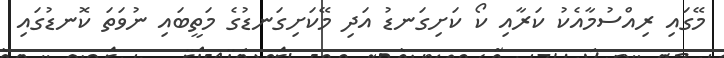
މޭގައި ރިއްސުމާއެކު ކަރާއި ކޯ ކަށިގަނޑު އަދި މޭކަށިގަނޑުގެ މަތީބައި ނުވަތަ ކޮނޑުގައި